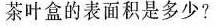
茶叶盒的表面积是多少?